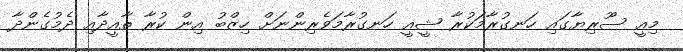
މިއީ ސޫރިޔާގައި ހަނގުރާމަކުރާ ޝީއީ ހަނގުރާމަވެރިންނަށް ހިޒްބު އިން ކުރާ ތާއީދާއި ދެމުގެންދާ